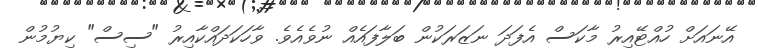
އޭނައަށް ހުއްޓޭއިރު މާކަސް އެފަދަ ނަޒަރަކުން ބަލާފައެއް ނުވެއެވެ. ވާހަކަދައްކާއިރު "ސިސް" ކިޔުމުން